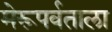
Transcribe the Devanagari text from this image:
मेरूपर्वताला